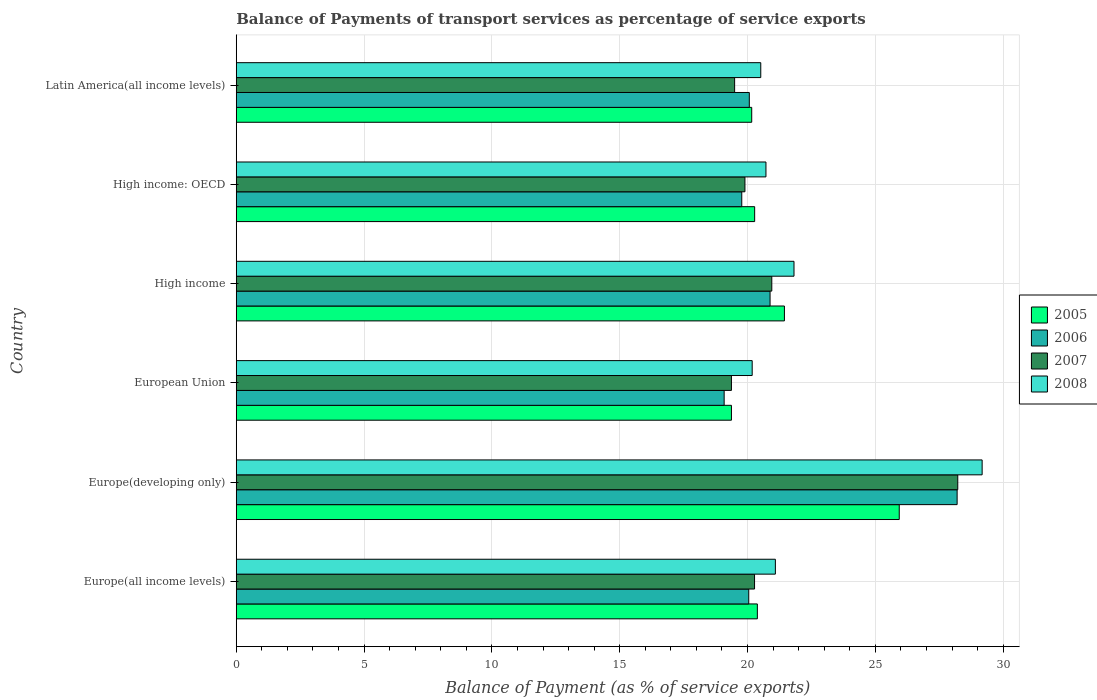
| Country | 2005 | 2006 | 2007 | 2008 |
 | --- | --- | --- | --- | --- |
 | Europe(all income levels) | 20.4 | 20 | 20.3 | 21.1 |
 | Europe(developing only) | 25.9 | 28.2 | 28.2 | 29.2 |
 | European Union | 19.4 | 19.1 | 19.4 | 20.2 |
 | High income | 21.4 | 20.9 | 21 | 21.8 |
 | High income: OECD | 20.3 | 19.8 | 19.9 | 20.7 |
 | Latin America(all income levels) | 20.2 | 20.1 | 19.5 | 20.5 |